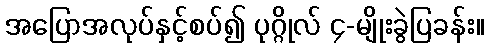
အပြောအလုပ်နှင့်စပ်၍ ပုဂ္ဂိုလ် ၄-မျိုးခွဲပြခန်း။